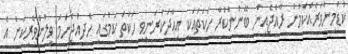
ކުޑަމިންވަރެއްކަމުން ރާއްޖެއިން ބޭނުންކުރާ ހަކަތައަކީ އިޢާދަކުރަނިވި ހަކަތަ ކަމުގައި ހެދިއްޖެނަމަ ވިލުންވެރިކަން އެ